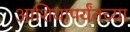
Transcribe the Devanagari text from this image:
आशियापर्यंतच्या